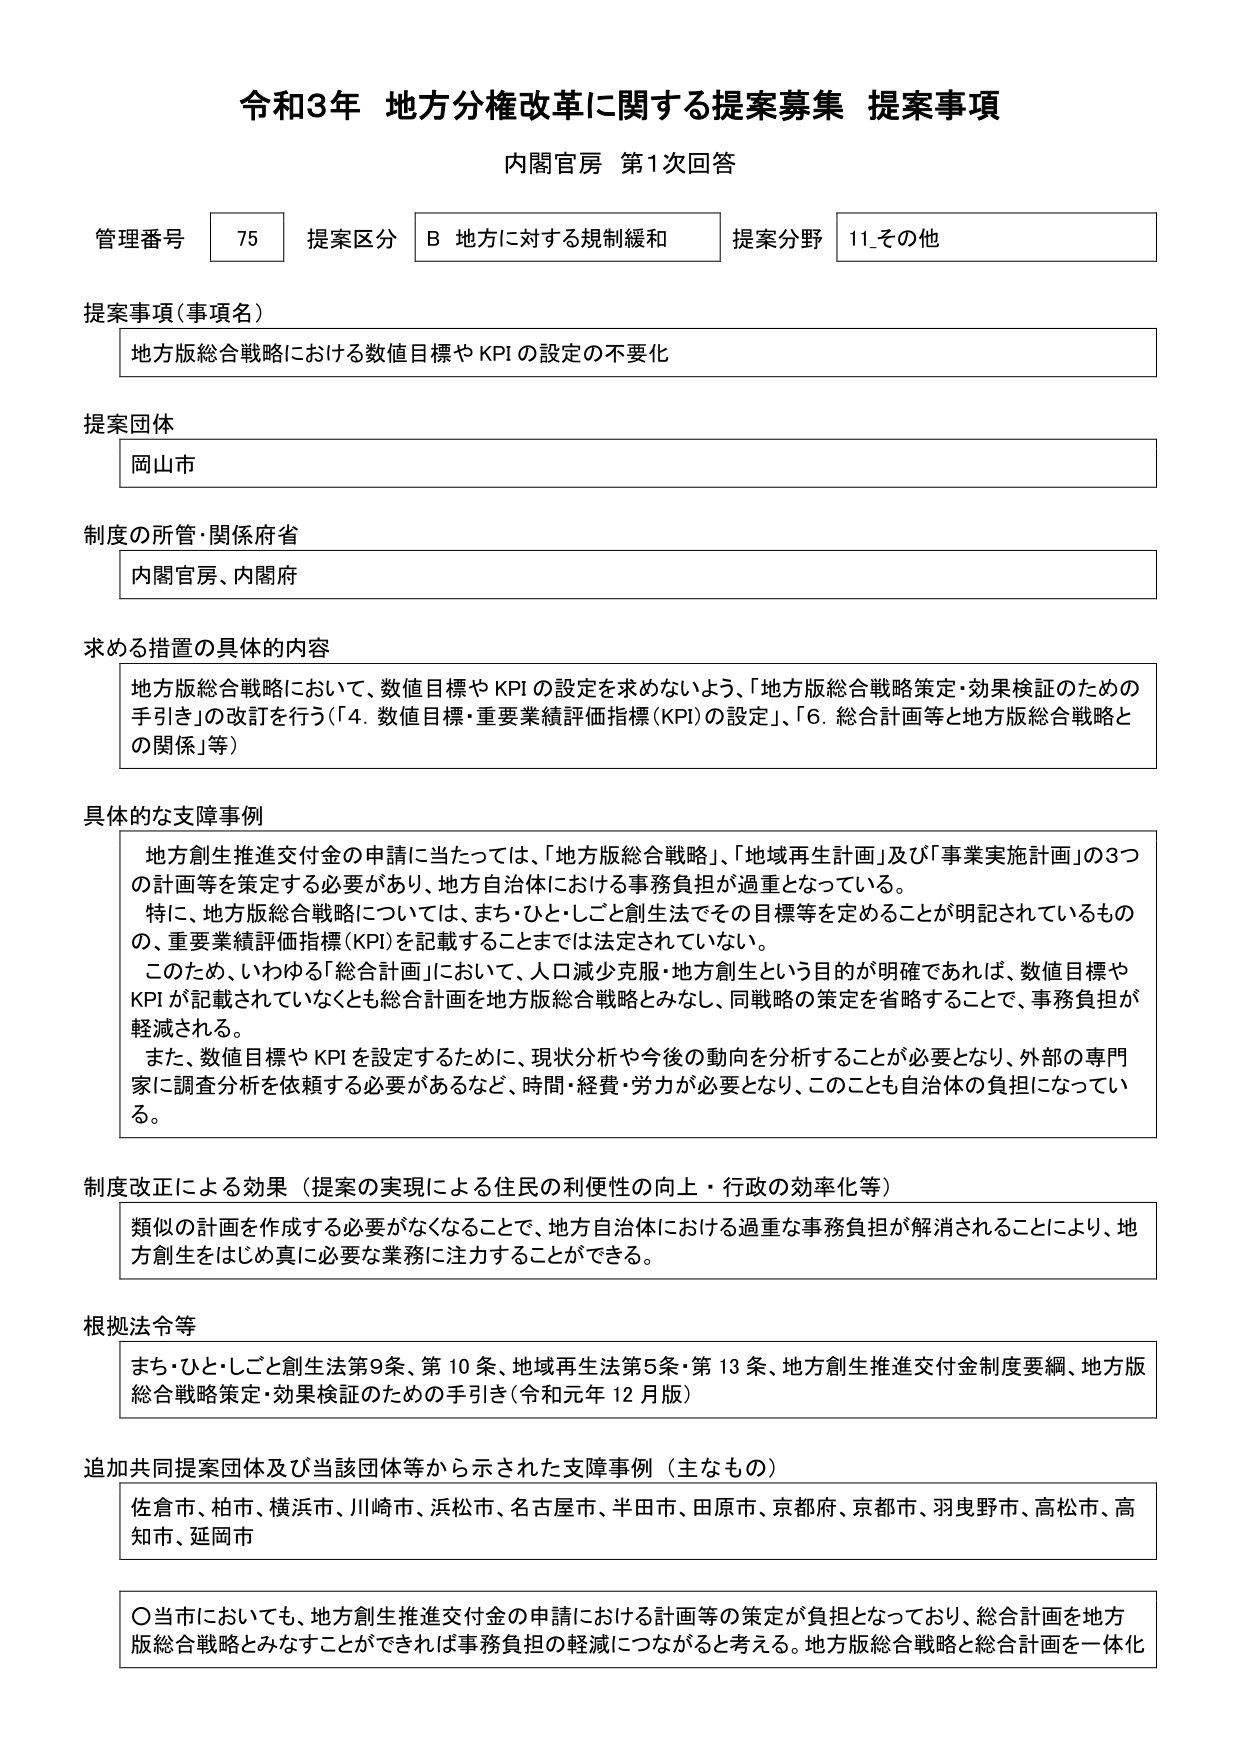
令和3年 地方分権改革に関する提案募集 提案事項
内閣官房 第1次回答

管理番号 75 提案区分 B 地方に対する規制緩和 提案分野 11_その他

提案事項（事項名）
地方版総合戦略における数値目標やKPIの設定の不要化

提案団体
岡山市

制度の所管・関係府省
内閣官房、内閣府

求める措置の具体的内容
地方版総合戦略において、数値目標やKPIの設定を求めないよう、「地方版総合戦略策定・効果検証のための手引き」の改訂を行う（「4. 数値目標・重要業績評価指標（KPI）の設定」、「6. 総合計画等と地方版総合戦略との関係」等）

具体的な支障事例
地方創生推進交付金の申請に当たっては、「地方版総合戦略」、「地域再生計画」及び「事業実施計画」の3つの計画等を策定する必要があり、地方自治体における事務負担が過重となっている。
特に、地方版総合戦略については、まち・ひと・しごと創生法でその目標等を定めることが明記されているものの、重要業績評価指標（KPI）を記載することまでは法定されていない。
このため、いわゆる「総合計画」において、人口減少克服・地方創生という目的が明確であれば、数値目標やKPIが記載されていなくとも総合計画を地方版総合戦略とみなし、同戦略の策定を省略することで、事務負担が軽減される。
また、数値目標やKPIを設定するために、現状分析や今後の動向を分析することが必要となり、外部の専門家に調査分析を依頼する必要があるなど、時間・経費・労力が必要となり、このことも自治体の負担になっている。

制度改正による効果（提案の実現による住民の利便性の向上・行政の効率化等）
類似の計画を作成する必要がなくなることで、地方自治体における過重な事務負担が解消されることにより、地方創生をはじめ真に必要な業務に注力することができる。

根拠法令等
まち・ひと・しごと創生法第9条、第10条、地域再生法第5条・第13条、地方創生推進交付金制度要綱、地方版総合戦略策定・効果検証のための手引き（令和元年12月版）

追加共同提案団体及び当該団体等から示された支障事例（主なもの）
佐倉市、柏市、横浜市、川崎市、浜松市、名古屋市、半田市、田原市、京都府、京都市、羽曳野市、高松市、高知市、延岡市

〇当市においても、地方創生推進交付金の申請における計画等の策定が負担となっており、総合計画を地方版総合戦略とみなすことができれば事務負担の軽減につながると考える。地方版総合戦略と総合計画を一体化